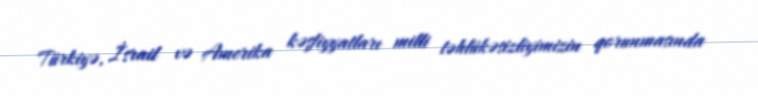
Türkiyə, İsrail və Amerika kəşfiyyatları milli təhlükəsizliyimizin qorunmasında